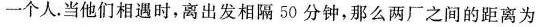
一个人。当他们相遇时，离出发相隔50分钟，那么两厂之间的距离